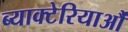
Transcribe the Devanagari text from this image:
ब्याक्टेरियाऔं